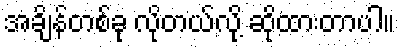
အချိန်တစ်ခု လိုတယ်လို့ ဆိုထားတာပါ။